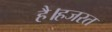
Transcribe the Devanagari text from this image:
है।हजरत